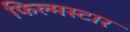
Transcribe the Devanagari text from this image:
फिल्मस्टार